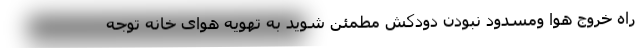
راه خروج هوا ومسدود نبودن دودکش مطمئن شوید به تهویه هوای خانه توجه